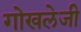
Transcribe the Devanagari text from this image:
गोखलेजी